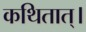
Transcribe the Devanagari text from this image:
कथितात्।